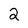
Character: 2